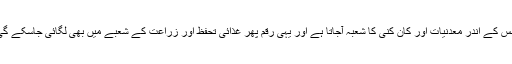
جس کے اندر معدنیات اور کان کنی کا شعبہ آجاتا ہے اور یہی رقم پھر غذائی تحفظ اور زراعت کے شعبے میں بھی لگائی جاسکے گی۔